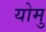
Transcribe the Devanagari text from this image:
योमु